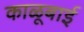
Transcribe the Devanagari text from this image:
काळूबाई